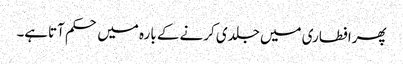
پھرافطاری میں جلدی کرنے کے بارہ میں حکم آتاہے۔